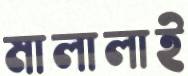
মালালাই